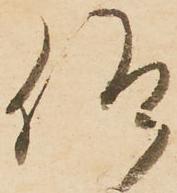
仰